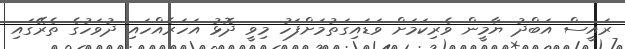
ރައީސް އަބްދު ޔާމީން ވެރިކަމަށް ވަޑައިގަތުމަށްފަހު މިވީ ދޮޅު އަހަރެއްހައި ދުވަހުގެ ތެރޭގައި